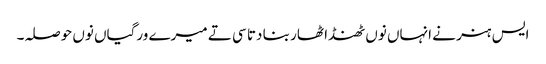
ایس ہنر نے انہاں نوں ٹھنڈا ٹھار بنا دتا سی تے میرے ورگیاں نوں حوصلہ۔